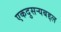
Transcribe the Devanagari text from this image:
एकदुसर्‍यबद्दल